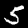
Digit: 5